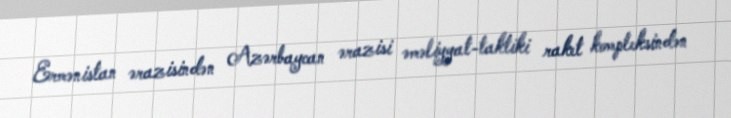
Ermənistan ərazisindən Azərbaycan ərazisi əməliyyat-taktiki raket kompleksindən